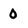
Character: 0